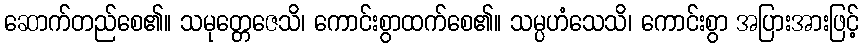
ဆောက်တည်စေ၏။ သမုတ္တေဇေသိ၊ ကောင်းစွာထက်စေ၏။ သမ္ပဟံသေသိ၊ ကောင်းစွာ အပြားအားဖြင့်